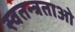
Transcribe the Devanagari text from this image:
स्वतन्त्रताओ